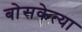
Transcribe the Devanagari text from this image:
बोसकेत्या